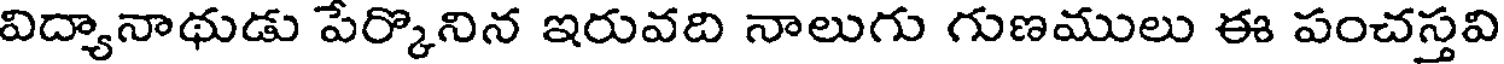
విద్యానాథుడు పేర్కొనిన ఇరువది నాలుగు గుణములు ఈ పంచస్తవి